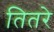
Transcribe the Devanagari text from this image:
तितरे